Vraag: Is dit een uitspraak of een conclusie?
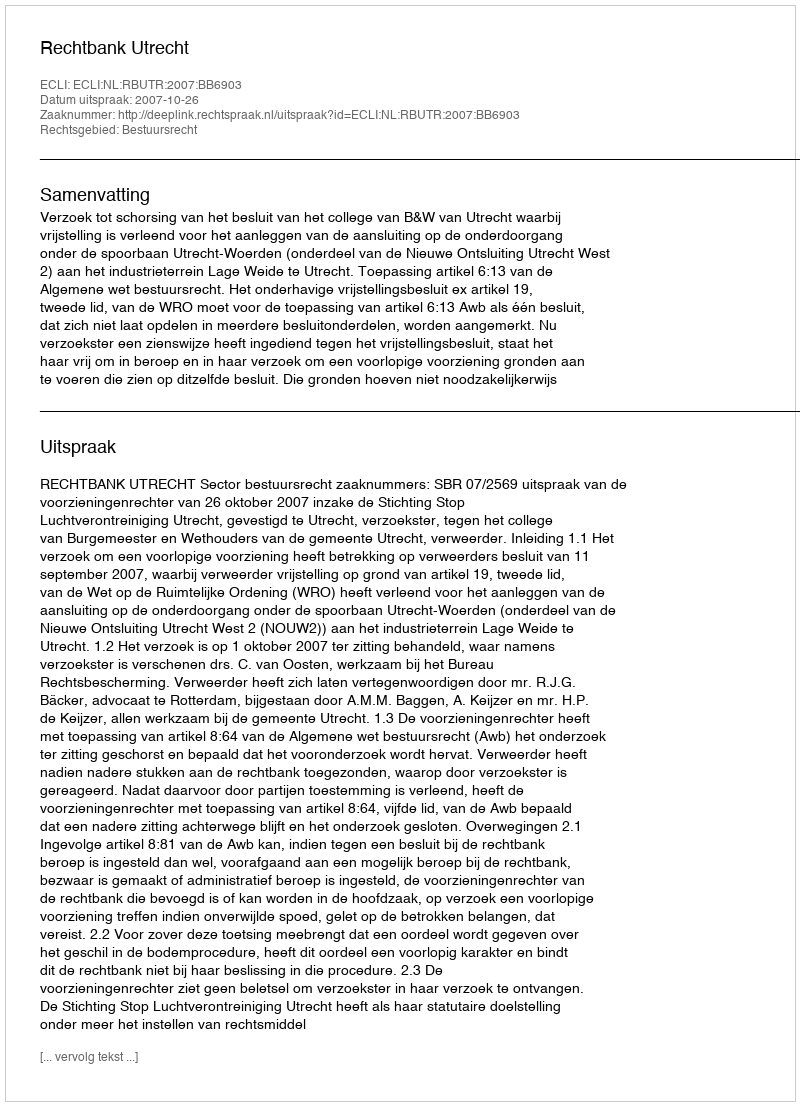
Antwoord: Uitspraak